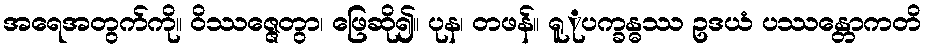
အရေအတွက်ကို။ ဝိဿဇ္ဇေတွာ၊ ဖြေဆို၍။ ပုန၊ တဖန်။ ရူုပက္ခန္ဓဿ ဥဒယံ ပဿန္တောကတိ